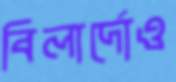
বিলার্দোও